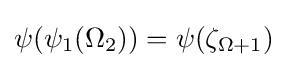
\psi (\psi _{1}(\Omega _{2}))=\psi (\zeta _{\Omega +1})